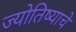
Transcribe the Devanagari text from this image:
ज्योतिष्याचे